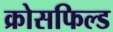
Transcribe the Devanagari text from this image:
क्रोसफिल्ड